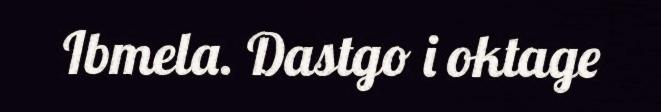
Ibmela. Dastgo i oktage